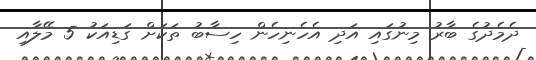
ދެމެދުގެ ބާރު މިނުގައި އަދި އެހެނިހެން ހިސާބު ތަކަށް ގަޑިއަކު 5 މޭލާއި